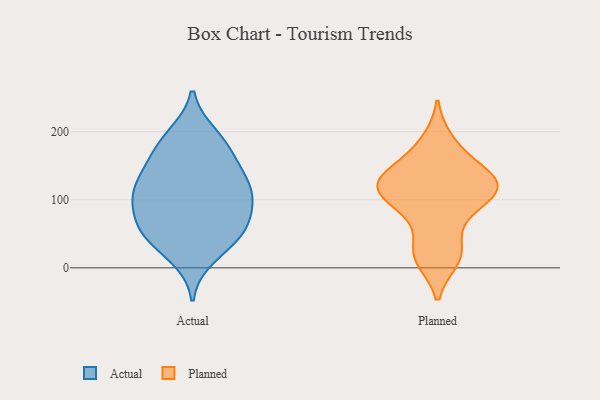
{"axis": {"x": "Budget (USD K)", "y": "Value"}, "legend": ["Actual", "Planned"], "data": [{"x": "", "y": 55, "type": "Actual"}, {"x": "", "y": 99, "type": "Actual"}, {"x": "", "y": 114, "type": "Actual"}, {"x": "", "y": 39, "type": "Actual"}, {"x": "", "y": 114, "type": "Actual"}, {"x": "", "y": 42, "type": "Actual"}, {"x": "", "y": 123, "type": "Actual"}, {"x": "", "y": 100, "type": "Actual"}, {"x": "", "y": 148, "type": "Actual"}, {"x": "", "y": 171, "type": "Actual"}, {"x": "", "y": 195, "type": "Actual"}, {"x": "", "y": 191, "type": "Actual"}, {"x": "", "y": 16, "type": "Actual"}, {"x": "", "y": 163, "type": "Actual"}, {"x": "", "y": 64, "type": "Actual"}, {"x": "", "y": 123, "type": "Actual"}, {"x": "", "y": 62, "type": "Actual"}, {"x": "", "y": 76, "type": "Actual"}, {"x": "", "y": 188, "type": "Planned"}, {"x": "", "y": 91, "type": "Planned"}, {"x": "", "y": 132, "type": "Planned"}, {"x": "", "y": 15, "type": "Planned"}, {"x": "", "y": 84, "type": "Planned"}, {"x": "", "y": 158, "type": "Planned"}, {"x": "", "y": 118, "type": "Planned"}, {"x": "", "y": 119, "type": "Planned"}, {"x": "", "y": 11, "type": "Planned"}, {"x": "", "y": 113, "type": "Planned"}, {"x": "", "y": 140, "type": "Planned"}, {"x": "", "y": 119, "type": "Planned"}, {"x": "", "y": 40, "type": "Planned"}]}